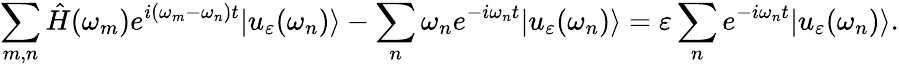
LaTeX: \sum_{m,n}\hat{H}(\omega_{m})e^{i(\omega_{m}-\omega_{n})t}|u_{\varepsilon}(\omega_{n})\rangle-\sum_{n}\omega_{n}e^{-i\omega_{n}t}|u_{\varepsilon}(\omega_{n})\rangle=\varepsilon\sum_{n}e^{-i\omega_{n}t}|u_{\varepsilon}(\omega_{n})\rangle.